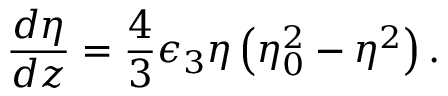
\frac { d \eta } { d z } = \frac { 4 } { 3 } \epsilon _ { 3 } \eta \left( \eta _ { 0 } ^ { 2 } - \eta ^ { 2 } \right) .